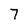
Character: 7